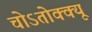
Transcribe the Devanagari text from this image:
चोऽतोक्क्यू